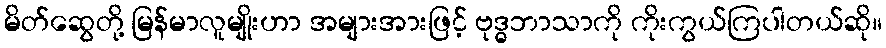
မိတ်ဆွေတို့ မြန်မာလူမျိုးဟာ အများအားဖြင့် ဗုဒ္ဓဘာသာကို ကိုးကွယ်ကြပါတယ်ဆို။